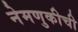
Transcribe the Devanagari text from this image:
नेमणुकीची